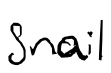
Text: snail
Cross-out: clean
Writing tool: digital_black